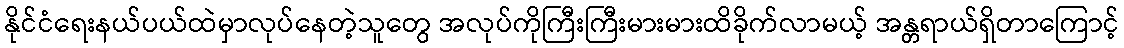
နိုင်ငံရေးနယ်ပယ်ထဲမှာလုပ်နေတဲ့သူတွေ အလုပ်ကိုကြီးကြီးမားမားထိခိုက်လာမယ့် အန္တရာယ်ရှိတာကြောင့်